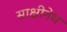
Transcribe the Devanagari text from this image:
साक्षीनेच